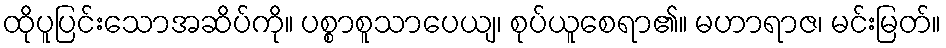
ထိုပူပြင်းသောအဆိပ်ကို။ ပစ္စာစူသာပေယျ၊ စုပ်ယူစေရာ၏။ မဟာရာဇ၊ မင်းမြတ်။